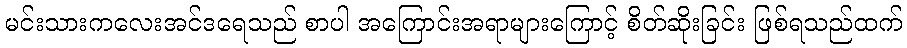
မင်းသားကလေးအင်ဒရေသည် စာပါ အကြောင်းအရာများကြောင့် စိတ်ဆိုးခြင်း ဖြစ်ရသည်ထက်